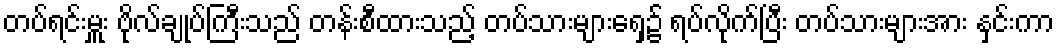
တပ်ရင်းမှူး ဗိုလ်ချုပ်ကြီးသည် တန်းစီထားသည့် တပ်သားများရှေ့၌ ရပ်လိုက်ပြီး တပ်သားများအား နှင်းကာ